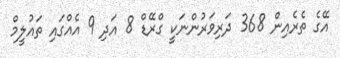
އޭގެ ތެރެއިން 368 ދަރިވަރުންނަކީ ގްރޭޑް 8 އަދި 9 އެއްގައި ތައުލީމް